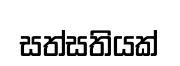
සත්සතියක්